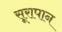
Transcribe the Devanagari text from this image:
सूरापान